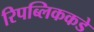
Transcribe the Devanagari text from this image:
रिपब्लिककडे